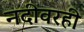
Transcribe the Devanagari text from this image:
नदीवरही